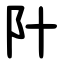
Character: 䦹